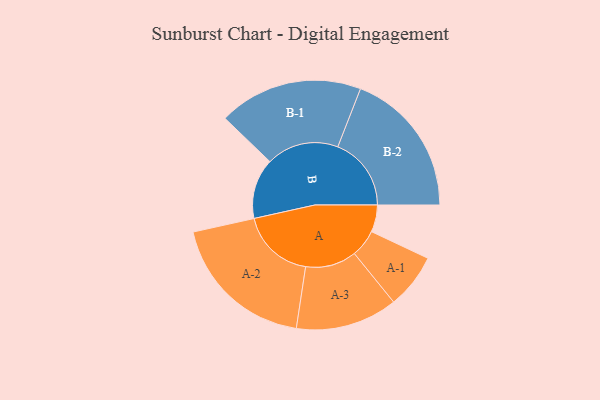
{"axis": {"x": "Segment", "y": "Value"}, "legend": ["", "A", "B"], "data": [{"x": "A", "y": 107, "type": ""}, {"x": "B", "y": 239, "type": ""}, {"x": "A-1", "y": 109, "type": "A"}, {"x": "A-2", "y": 292, "type": "A"}, {"x": "A-3", "y": 202, "type": "A"}, {"x": "B-1", "y": 286, "type": "B"}, {"x": "B-2", "y": 291, "type": "B"}]}